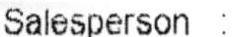
SALESPERSON :